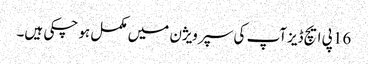
16 پی ایچ ڈیزآپ کی سپر ویژن میں مکمل ہو چکی ہیں۔